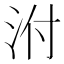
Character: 泭